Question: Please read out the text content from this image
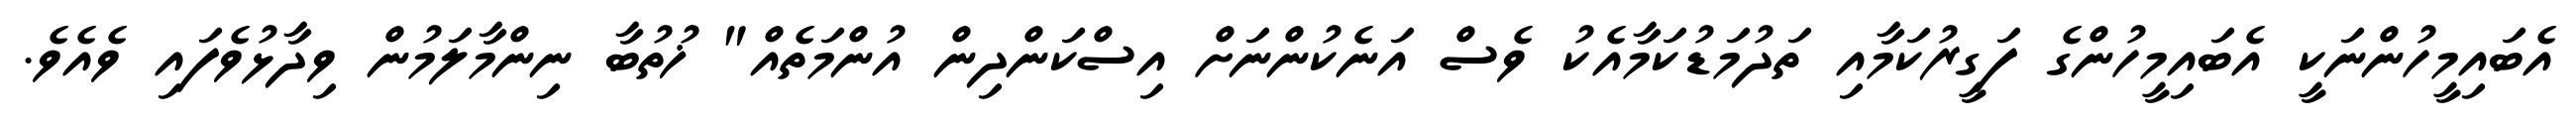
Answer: އެބައިމީހުންނަކީ އެބައިމީހުންގެ ފަގީރުކަމާއި ތަދުމަޑުކަމާއެކު ވެސް އަނެކުންނަށް އިސްކަންދިން އުންމަތެއް" ޚުތުބާ ނިންމާލަމުން ވިދާޅުވެފައި ވެއެވެ.